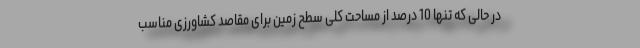
در حالی که تنها 10 درصد از مساحت کلی سطح زمین برای مقاصد کشاورزی مناسب